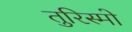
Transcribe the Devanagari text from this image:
तुरिस्मो